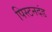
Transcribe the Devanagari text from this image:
पिस्टनदंड